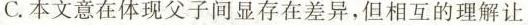
C.本文意在体现父子间显存在差异，淡相互的理解让